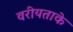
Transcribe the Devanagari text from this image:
वरीयताके